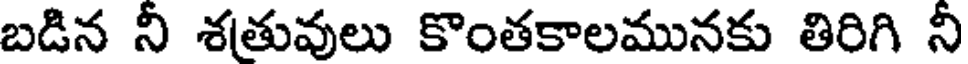
బడిన నీ శతువులు కొంతకాలమునకు తిరిగి నీ